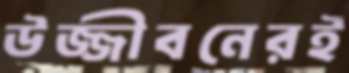
উজ্জীবনেরই